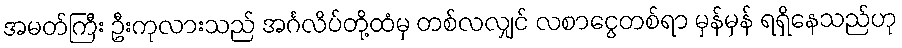
အမတ်ကြီး ဦးကုလားသည် အင်္ဂလိပ်တို့ထံမှ တစ်လလျှင် လစာငွေတစ်ရာ မှန်မှန် ရရှိနေသည်ဟု